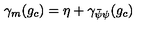
\gamma _ { m } ( g _ { c } ) = \eta + \gamma _ { \bar { \psi } \psi } ( g _ { c } )